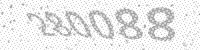
Solution: 280088